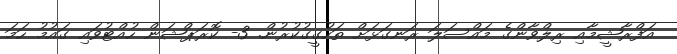
އަފްރާޝީމާއި ރިލްވާންގެ މައްސަލަ ރަނގަޅަށް ތަހުގީގުކުރުން. 3- ކޮރަޕްޝަން ހުއްޓުވައި ގައުމު ހަމަ